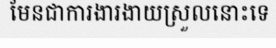
មែនជាការងារងាយស្រួលនោះទេ